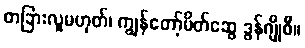
တခြားလူမဟုတ်၊ ကျွန်တော့်မိတ်ဆွေ ဒွန်ဂျိုစီ။